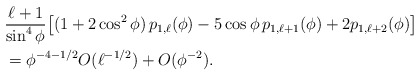
\begin{align*} &\frac{\ell+1}{\sin^4 \phi} \big[ (1+2 \cos^2 \phi ) \, p_{1,\ell}( \phi)-5 \cos \phi \, p_{1,\ell+1}( \phi)+2 p_{1,\ell+2}( \phi) \big] \\&= \phi^{-4-1/2} O(\ell^{-1/2})+O(\phi^{-2}).\end{align*}